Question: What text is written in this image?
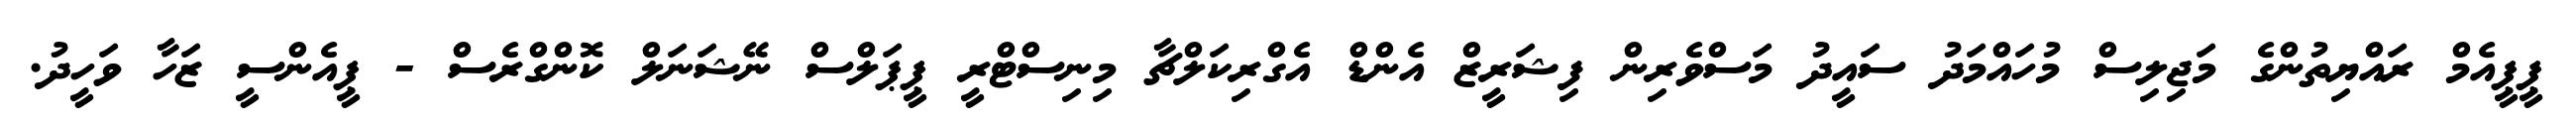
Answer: ޕީޕީއެމް ރައްޔިތުންގެ މަޖިލިސް މުހައްމަދު ސައީދު މަސްވެރިން ފިޝަރީޒް އެންޑް އެގްރިކަލްޗާ މިނިސްޓްރީ ޕީޕަލްސް ނޭޝަނަލް ކޮންގްރެސް - ޕީއެންސީ ޒަހާ ވަހީދު.